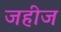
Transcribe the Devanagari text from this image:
जहीज